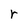
Character: r